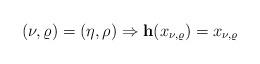
LaTeX: \begin{align*}(\nu,\varrho) = (\eta,\rho) \Rightarrow {\bf h}(x_{\nu,\varrho}) = x_{\nu,\varrho}\end{align*}